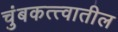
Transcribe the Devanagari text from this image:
चुंबकत्त्वातील